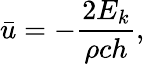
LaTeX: {\bar{u}}=-{\frac{2E_{k}}{\rho ch}},